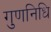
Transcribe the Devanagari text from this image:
गुणनिधि